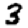
Digit: 3